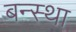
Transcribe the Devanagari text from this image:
बन्स्था